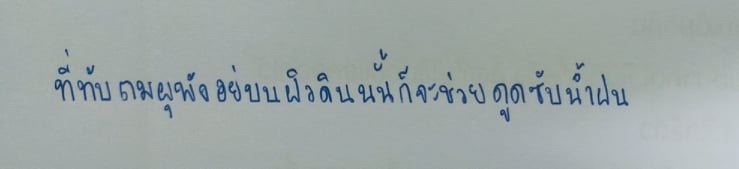
ที่ทับถมผุพังอยู่บนผิวดินนั้นก็จะช่วยดูดซับน้ำฝน